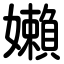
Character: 嬾